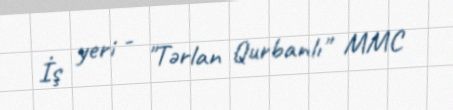
İş yeri - "Tərlan Qurbanlı" MMC